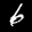
Label: 6